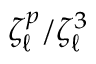
\zeta _ { \ell } ^ { p } / \zeta _ { \ell } ^ { 3 }